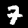
Digit: 7